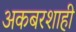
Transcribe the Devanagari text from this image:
अकबरशाही